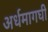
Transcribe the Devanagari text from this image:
अर्धमागघी